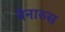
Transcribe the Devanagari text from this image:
बेनारुस